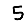
Digit: 5